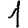
Digit: 1